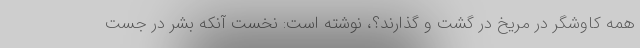
همه کاوشگر در مریخ در گشت و گذارند؟، نوشته است: نخست آنکه بشر در جست